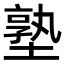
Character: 塾